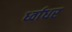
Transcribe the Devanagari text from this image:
र्ध्वाधर